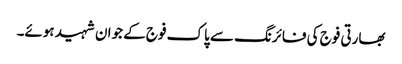
بھارتی فوج کی فائرنگ سے پاک فوج کے جوان شہید ہوئے۔